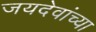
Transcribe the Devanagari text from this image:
जयदेवांच्या